Report on vaccination in the Province of Bengal - 1874-1889
Year: 1874
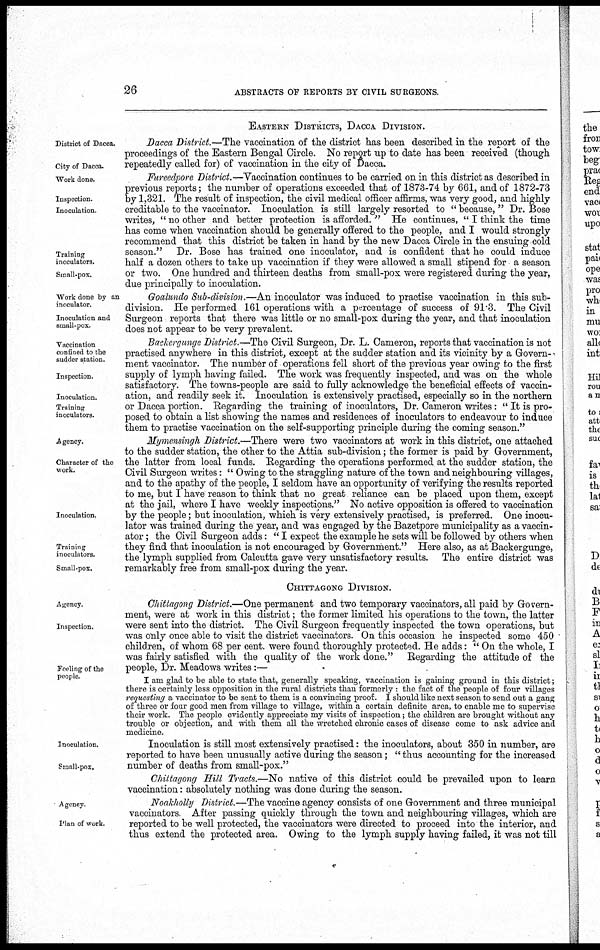
26
ABSTRACTS OF REPORTS BY CIVIL SURGEONS.
EASTERN DISTRICTS, DACCA DIVISION.
District of Dacca.
City of Dacca.
Dacca District.—The vaccination of the district has been described in the report of the
proceedings of the Eastern Bengal Circle. No report up to date has been received (though
repeatedly called for) of vaccination in the city of Dacca.
Work done.
Inspection.
Inoculation.
Training
inoculators.
Small-pox.
Fureedpore District.—Vaccination continues to be carried on in this district as described in
previous reports; the number of operations exceeded that of 1873-74 by 661, and of 1872-73
by 1,321. The result of inspection, the civil medical officer affirms, was very good, and highly
creditable to the vaccinator. Inoculation is still largely resorted to " because, " Dr. Bose
writes, " no other and better protection is afforded. " He continues, " I think the time
has come when vaccination should be generally offered to the people, and I would strongly
recommend that this district be taken in hand by the new Dacca Circle in the ensuing cold
season." Dr. Bose has trained one inoculator, and is confident that he could induce
half a dozen others to take up vaccination if they were allowed a small stipend for a season
or two. One hundred and thirteen deaths from small-pox were registered during the year,
due principally to inoculation.
Work done by an
inoculator.
Inoculation and
small-pox.
Goalundo Sub-division.—An inoculator was induced to practise vaccination in this sub-
division. He performed 161 operations with a percentage of success of 91.3. The Civil
Surgeon reports that there was little or no small-pox during the year, and that inoculation
does not appear to be very prevalent.
Vaccination
confined to the
sudder station.
Inspection.
Inoculation.
Training
inoculators.
Backergunge District.—The Civil Surgeon, Dr. L. Cameron, reports that vaccination is not
practised anywhere in this district, except at the sudder station and its vicinity by a Govern¬
ment vaccinator. The number of operations fell short of the previous year owing to the first
supply of lymph having failed. The work was frequently inspected, and was on the whole
satisfactory. The towns-people are said to fully acknowledge the beneficial effects of vaccin-
ation, and readily seek it. Inoculation is extensively practised, especially so in the northern
or Dacca portion. Regarding the training of inoculators, Dr. Cameron writes: " It is pro-
posed to obtain a list showing the names and residences of inoculators to endeavour to induce
them to practise vaccination on the self-supporting principle during the coming season."
Agency.
Character of the
work.
Inoculation.
Training
inoculators.
Small-pox.
Mymensingh District.—There were two vaccinators at work in this district, one attached
to the sudder station, the other to the Attia sub-division; the former is paid by Government,
the latter from local funds. Regarding the operations performed at the sudder station, the
Civil Surgeon writes: " Owing to the straggling nature of the town and neighbouring villages,
and to the apathy of the people, I seldom have an opportunity of verifying the results reported
to me, but I have reason to think that no great reliance can be placed upon them, except
at the jail, where I have weekly inspections." No active opposition is offered to vaccination
by the people; but inoculation, which is very extensively practised, is preferred. One inocu-
lator was trained during the year, and was engaged by the Bazetpore municipality as a vaccin-
ator ; the Civil Surgeon adds: " I expect the example he sets will be followed by others when
they find that inoculation is not encouraged by Government." Here also, as at Backergunge,
the lymph supplied from Calcutta gave very unsatisfactory results. The entire district was
remarkably free from small-pox during the year.
CHITTAGONG DIVISION.
Agency.
Inspection.
Feeling of the
people.
Chittagong District.—One permanent and two temporary vaccinators, all paid by Govern-
ment, were at work in this district; the former limited his operations to the town, the latter
were sent into the district. The Civil Surgeon frequently inspected the town operations, but
was only once able to visit the district vaccinators. On this occasion he inspected some 450
children, of whom 68 per cent. were found thoroughly protected. He adds: " On the whole, I
was fairly satisfied with the quality of the work done." Regarding the attitude of the
people, Dr. Meadows writes:—
I am glad to be able to state that, generally speaking, vaccination is gaining ground in this district;
there is certainly less opposition in the rural districts than formerly : the fact of the people of four villages
requesting a vaccinator to be sent to them is a convincing proof. I should like next season to send out a gang
of three or four good men from village to village, within a certain definite area, to enable me to supervise
their work. The people evidently appreciate my visits of inspection; the children are brought without any
trouble or objection, and with them all the wretched chronic cases of disease come to ask advice and
medicine.
Inoculation.
Small-pox.
Inoculation is still most extensively practised: the inoculators, about 350 in number, are
reported to have been unusually active during the season; " thus accounting for the increased
number of deaths from small-pox."
Chittagong Hill Tracts.—No native of this district could be prevailed upon to learn
vaccination: absolutely nothing was done during the season.
Agency
Plan of work.
Noakholly District.—The vaccine agency consists of one Government and three municipal
vaccinators. After passing quickly through the town and neighbouring villages, which are
reported to be well protected, the vaccinators were directed to proceed into the interior, and
thus extend the protected area. Owing to the lymph supply having failed, it was not till